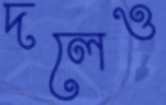
দলেও